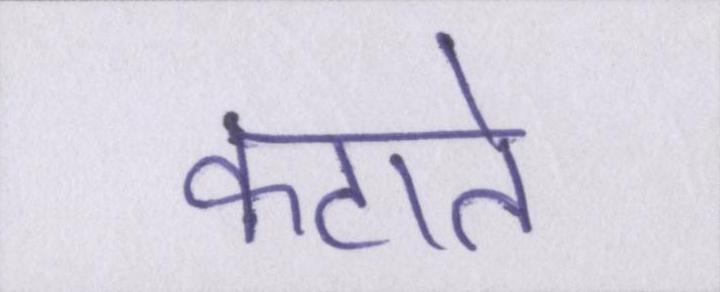
कटाते